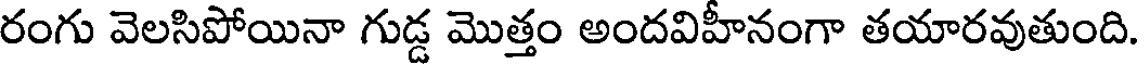
రంగు వెలసిపోయినా గుడ్డ మొత్తం అందవిహీనంగా తయారవుతుంది.